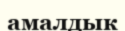
амалдык